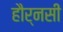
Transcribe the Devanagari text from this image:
हौर्नसी